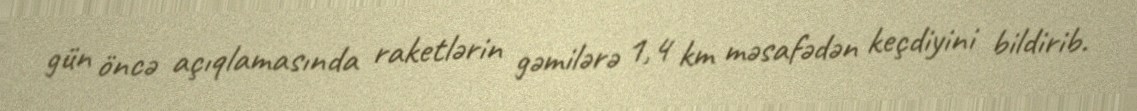
gün öncə açıqlamasında raketlərin gəmilərə 1,4 km məsafədən keçdiyini bildirib.